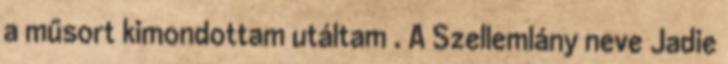
a műsort kimondottam utáltam . A Szellemlány neve Jadie